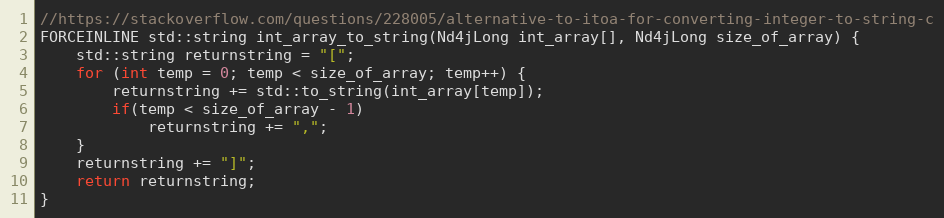
Language: C
//https://stackoverflow.com/questions/228005/alternative-to-itoa-for-converting-integer-to-string-c
FORCEINLINE std::string int_array_to_string(Nd4jLong int_array[], Nd4jLong size_of_array) {
    std::string returnstring = "[";
    for (int temp = 0; temp < size_of_array; temp++) {
        returnstring += std::to_string(int_array[temp]);
        if(temp < size_of_array - 1)
            returnstring += ",";
    }
    returnstring += "]";
    return returnstring;
}